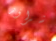
شراؤها